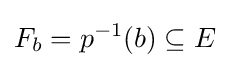
F_{b}=p^{-1}(b)\subseteq E